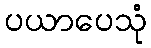
ပယာပေသုံ